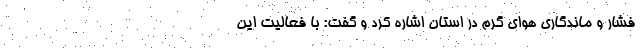
فشار و ماندگاری هوای گرم در استان اشاره کرد و گفت: با فعالیت این